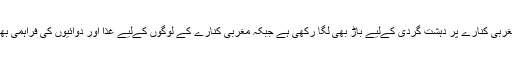
اسرائیل نے مغربی کنارے پر دہشت گردی کےلیے باڑ بھی لگا رکھی ہے جبکہ مغربی کنارے کے لوگوں کےلیے غذا اور دوائیوں کی فراہمی بھی ممکن نہیں۔